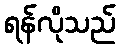
ရန်လိုသည်